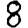
Digit: 8